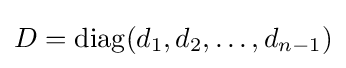
D=\mathop {\mathrm {diag} } (d_{1},d_{2},\ldots ,d_{n-1})